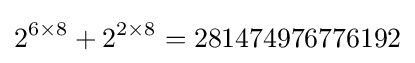
2^{6\times 8}+2^{2\times 8}=281474976776192